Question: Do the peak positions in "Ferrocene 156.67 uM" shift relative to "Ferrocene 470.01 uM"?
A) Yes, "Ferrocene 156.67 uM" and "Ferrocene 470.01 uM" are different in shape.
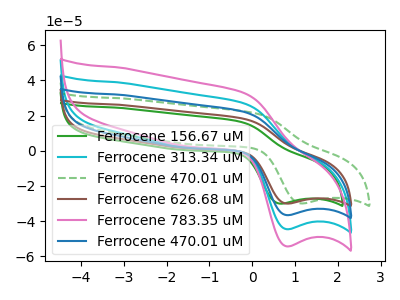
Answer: <think>The green curve "Ferrocene 156.67 uM" has an anodic peak at (-0.30V, 16.75uA) and a cathodic peak at (0.65V, -30.05uA). The cyan curve "Ferrocene 313.34 uM" has an anodic peak at (-0.20V, 44.35uA) and a cathodic peak at (0.80V, -73.20uA). The green dashed curve "Ferrocene 470.01 uM" has an anodic peak at (0.10V, 21.30uA) and a cathodic peak at (1.15V, -29.95uA). The brown curve "Ferrocene 626.68 uM" has an anodic peak at (-0.20V, 18.20uA) and a cathodic peak at (0.80V, -30.05uA). The pink curve "Ferrocene 783.35 uM" has an anodic peak at (-0.20V, 66.50uA) and a cathodic peak at (0.80V, -109.80uA). The blue curve "Ferrocene 470.01 uM" has an anodic peak at (-0.20V, 22.15uA) and a cathodic peak at (0.80V, -36.60uA).
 "Ferrocene 156.67 uM" and "Ferrocene 470.01 uM" have at least one peak that do not match.</think>
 <answer>A) Yes, "Ferrocene 156.67 uM" and "Ferrocene 470.01 uM" are different in shape.</answer>
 <eval>A</eval>